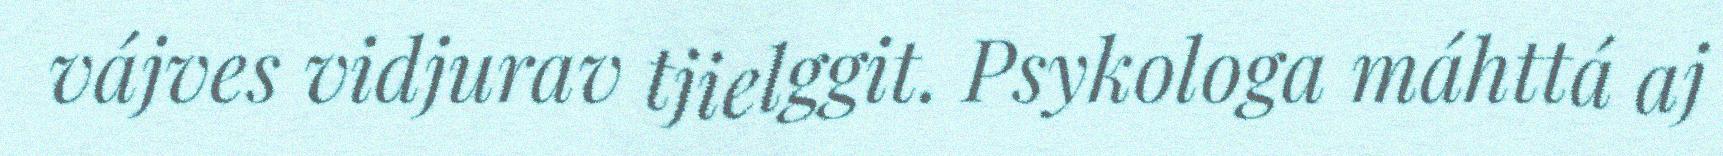
vájves vidjurav tjielggit. Psykologa máhttá aj